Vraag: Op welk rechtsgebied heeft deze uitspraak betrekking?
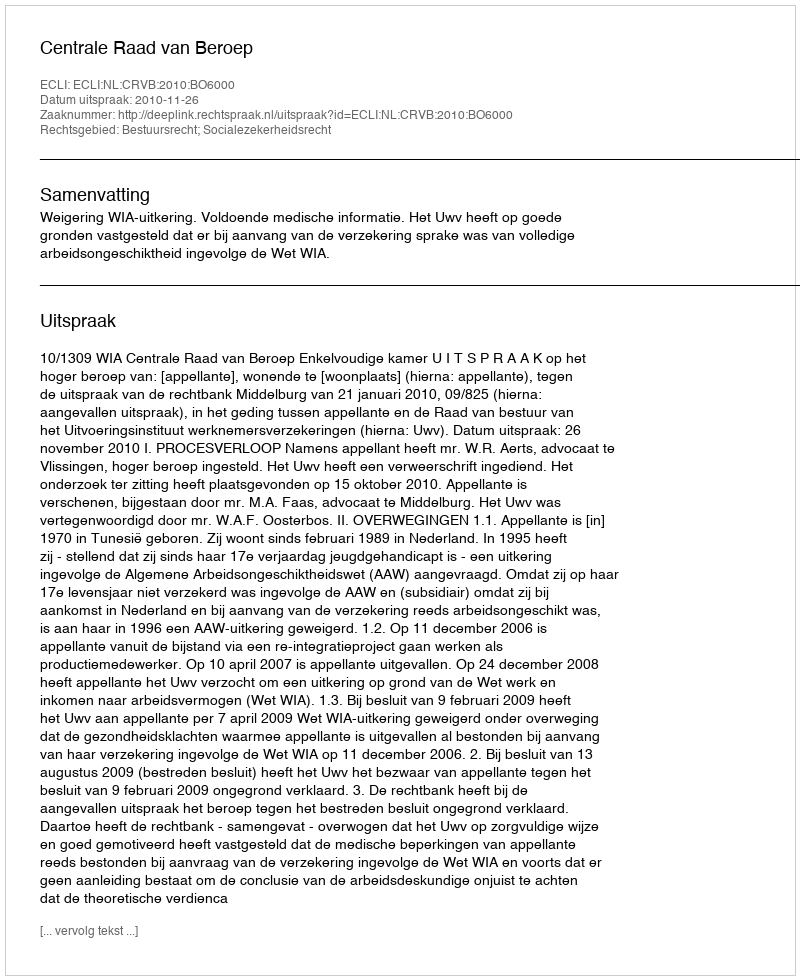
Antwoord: Bestuursrecht; Socialezekerheidsrecht